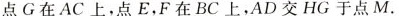
点G在AC上，点E，F在BC上，AD交HG于点M。